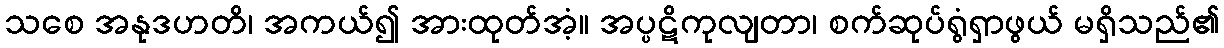
သစေ အနုဒဟတိ၊ အကယ်၍ အားထုတ်အံ့။ အပ္ပဋိကုလျတာ၊ စက်ဆုပ်ရွံရှာဖွယ် မရှိသည်၏